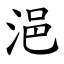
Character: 浥